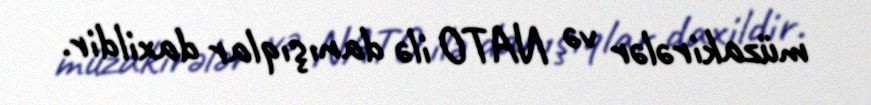
müzakirələr və NATO ilə danışıqlar daxildir.